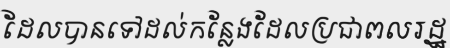
ដែលបានទៅដល់កន្លែងដែលប្រជាពលរដ្ឋ